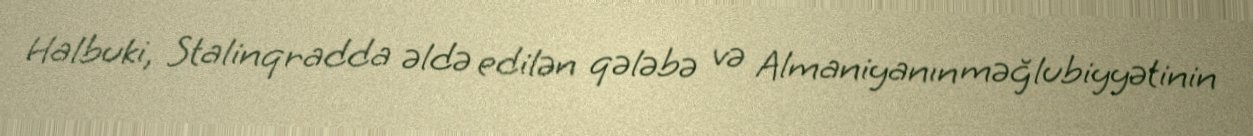
Halbuki, Stalinqradda əldə edilən qələbə və Almaniyanın məğlubiyyətinin